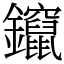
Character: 鑹